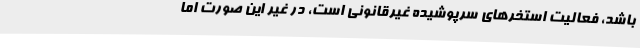
باشد، فعالیت استخرهای سرپوشیده غیرقانونی است، در غیر این صورت اما